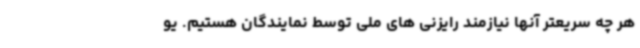
هر چه سریعتر آنها نیازمند رایزنی های ملی توسط نمایندگان هستیم. یو